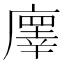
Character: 𢋇